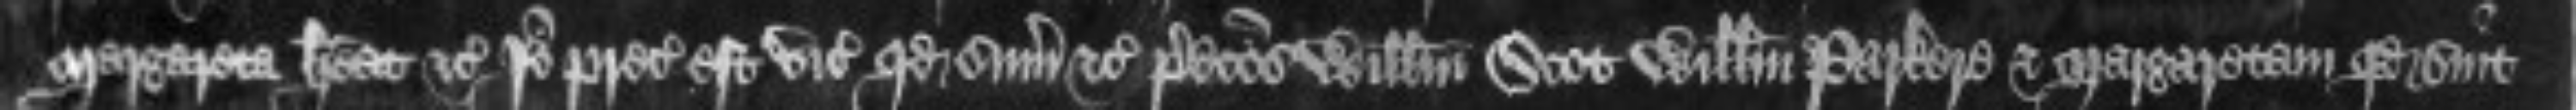
Margareta habeat etc Ideo preceptum est vicecomiti quod summoniret etc predictos Willelmum Scot Willelmum Parkere et Margaretam quod sint